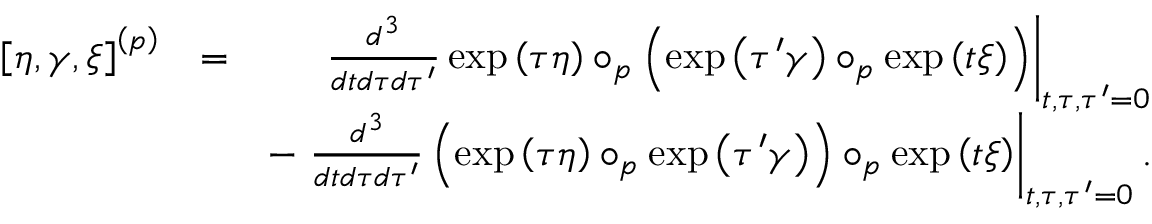
\begin{array} { r l r } { \left[ \eta , \gamma , \xi \right] ^ { \left( p \right) } } & { = } & { \left. \frac { d ^ { 3 } } { d t d \tau d \tau ^ { \prime } } \exp \left( \tau \eta \right) \circ _ { p } \left( \exp \left( \tau ^ { \prime } \gamma \right) \circ _ { p } \exp \left( t \xi \right) \right) \right\vert _ { t , \tau , \tau ^ { \prime } = 0 } } \\ & { } & { - \left. \frac { d ^ { 3 } } { d t d \tau d \tau ^ { \prime } } \left( \exp \left( \tau \eta \right) \circ _ { p } \exp \left( \tau ^ { \prime } \gamma \right) \right) \circ _ { p } \exp \left( t \xi \right) \right\vert _ { t , \tau , \tau ^ { \prime } = 0 } . } \end{array}